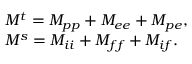
\begin{array} { l } { { { \cal M } ^ { t } = { \cal M } _ { p p } + { \cal M } _ { e e } + { \cal M } _ { p e } , } } \\ { { { \cal M } ^ { s } = { \cal M } _ { i i } + { \cal M } _ { f f } + { \cal M } _ { i f } . } } \end{array}